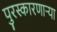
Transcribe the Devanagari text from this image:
पुरस्कारणाऱ्या